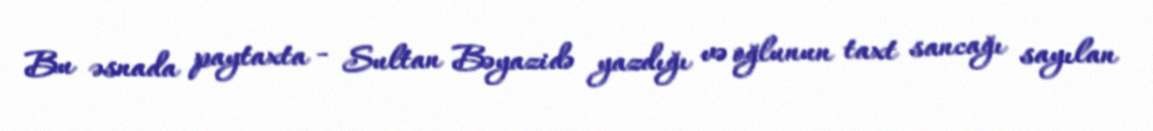
Bu əsnada paytaxta - Sultan Bəyazidə yazdığı və oğlunun taxt sancağı sayılan